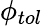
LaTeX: \phi_{tol}